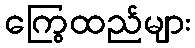
ကြွေထည်များ